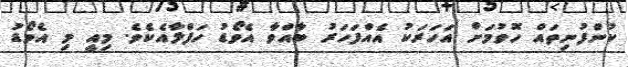
ކުންފުނިތައް ހޮވުމަށް އަހަރަކު އެއްފަހަރު ބާއްވާ އެވޯޑު ހަފްލާއެކެވެ. މިއީ މި އެވޯޑު